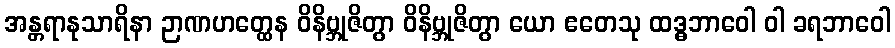
အန္တရာနုသာရိနာ ဉာဏဟတ္ထေန ဝိနိဗ္ဘုဇိတွာ ဝိနိဗ္ဘုဇိတွာ ယော ဧတေသု ထဒ္ဓဘာဝေါ ဝါ ခရဘာဝေါ